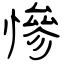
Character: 慘